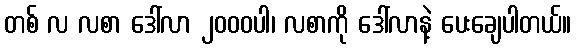
တစ် လ လစာ ဒေါ်လာ ၂၀၀၀ပါ၊ လစာကို ဒေါ်လာနဲ့ ပေးချေပါတယ်။